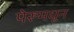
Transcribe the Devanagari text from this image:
पेरूमधून